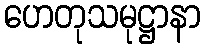
ဟေတုသမုဋ္ဌာနာ